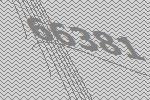
66381